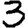
Digit: 3